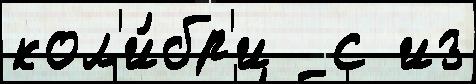
кол'и́бр'и  с из